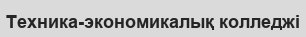
Техника-экономикалық колледжі